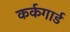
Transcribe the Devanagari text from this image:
कर्कगार्ड